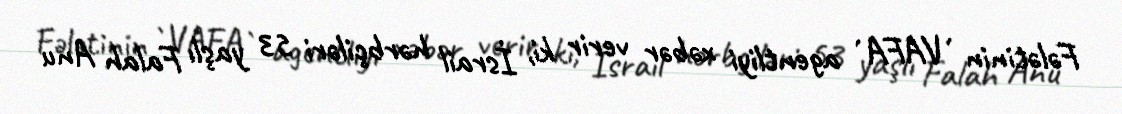
Fələtinin `VAFA` agentliyi xəbər verir ki, İsrail hərbçiləri 53 yaşlı Falah Anu